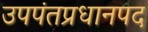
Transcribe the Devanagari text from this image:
उपपंतप्रधानपद